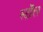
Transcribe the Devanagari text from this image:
स्टॉेल